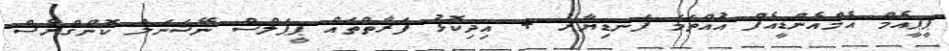
ޕީޕީއެމް އެމްއެންޑީއެފް އުއްތަމަ ފަނޑިޔާރު + އިދިކޮޅު ފަރާތްތައް ޕީޕަލްސް ނޭޝަނަލް ކޮންގްރެސް